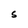
Character: s